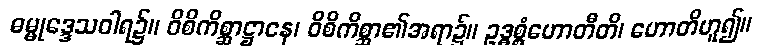
ဓမ္မုဒ္ဒေသဝါရ၌။ ဝိစိကိစ္ဆာဋ္ဌာနေ၊ ဝိစိကိစ္ဆာ၏အရာ၌။ ဥဒ္ဓစ္စံဟောတီတိ၊ ဟောတိဟူ၍။